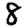
Digit: 8